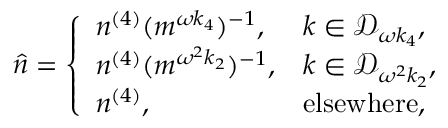
\begin{array} { r } { \hat { n } = \left\{ \begin{array} { l l } { n ^ { ( 4 ) } ( m ^ { \omega k _ { 4 } } ) ^ { - 1 } , } & { k \in \mathcal { D } _ { \omega k _ { 4 } } , } \\ { n ^ { ( 4 ) } ( m ^ { \omega ^ { 2 } k _ { 2 } } ) ^ { - 1 } , } & { k \in \mathcal { D } _ { \omega ^ { 2 } k _ { 2 } } , } \\ { n ^ { ( 4 ) } , } & { \mathrm { e l s e w h e r e } , } \end{array} \right. } \end{array}